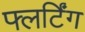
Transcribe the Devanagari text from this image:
फ्लर्टिंग